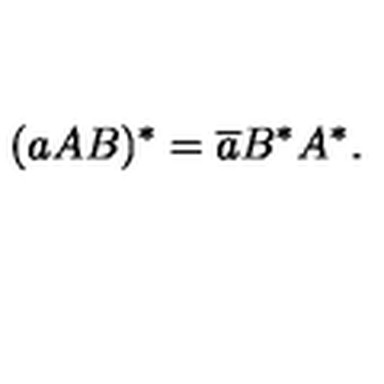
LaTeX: ( a A B ) ^ { \ast } = \overline { { a } } B ^ { \ast } A ^ { \ast } .